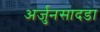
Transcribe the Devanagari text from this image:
अर्जुनसादडा